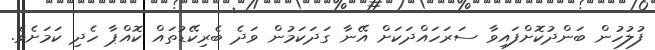
ފުލުހުން ބަންދުކޮށްފައިވާ ސަރަހައްދަކަށް އޭނާ ގަދަކަމުން ވަދެ ބެރިކޭޑުތައް ކޮއްޕާ ހެދި ކަމަށެވެ.